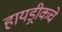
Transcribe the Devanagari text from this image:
हायड्रीकचे